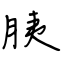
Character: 胰